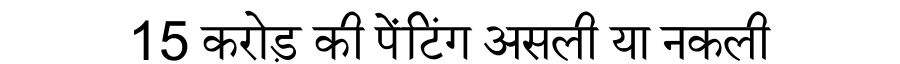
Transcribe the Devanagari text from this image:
15 करोड़ की पेंटिंग असली या नकली